Leaving Certificate Examination, 1923
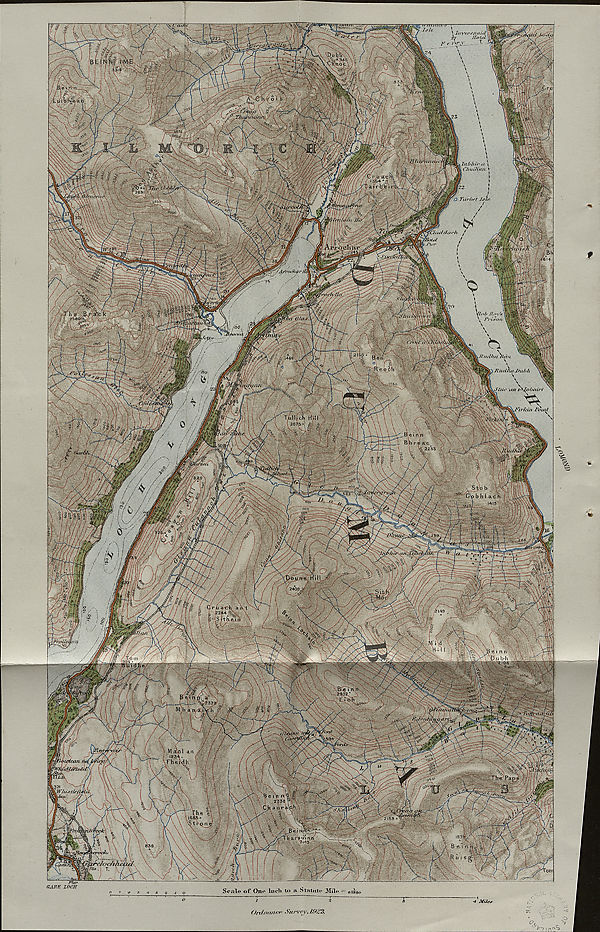
A;</ tuAg
-rrmrcr
iBtid-fifwE.
83^-
rt - ' - ,\i ,r
ipMl \
^icpxiiurin^
■ §
<Ulh.tr
In bit a-
\ dm if in/
?K3i-
.. ■ '
O Tafbrt Ji
''fm/tffh /S»jK
da r/i
flnUtf J’l.r
i
iji' S.' OTeH' jiT"
/Arrochtfri
.<(•.« ijiUi 'r
i Jfudlia l>id>h
tAXpbeunl "' s
V/rld/i I‘oi/if
■ ' Iuii,,h Hill
\ 1207.S-: ^ ?
/82,0 V
Stob \ ' ••
C'p b h I a c.B ^
IhJItir ,tn 0 TrIh-h,
t h ei.ri
■ ' • ■ ii<,,
M a\o I an
193^*
yrjj(ibiylea/i. /it(
ffizjk
j
Fhei'd h
W/djfth/i*uk
Sf W
1683* 'I
St rqn^
i e.i
ire irl nn
’ 2^9 . v
tif'cfochjijrliti SVa. ; T. \ / \
CyiRE inr/r
Sonic* of Quo Inch to a Slatulo 3Iili
OrdiuuK-t' • V/c/n o i •. /9/?S.
■ * Mile*